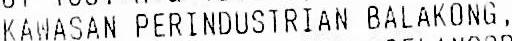
KAWASAN PERINDUSTRIAN BALAKONG,